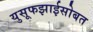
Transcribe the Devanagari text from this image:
युसूफझाईसोबत